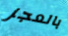
بالعجز